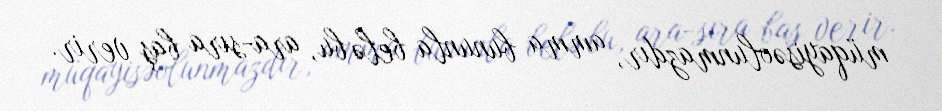
müqayisəolunmazdır, amma bununla belə bu, ara-sıra baş verir.